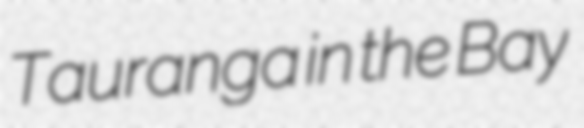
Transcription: Tauranga in the Bay